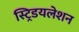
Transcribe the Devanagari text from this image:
स्ट्रिडयलेशन